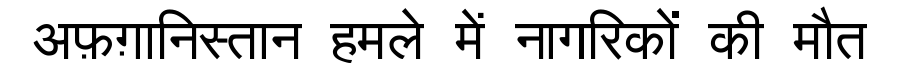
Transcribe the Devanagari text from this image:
अफ़ग़ानिस्तान हमले में नागरिकों की मौत